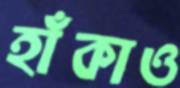
হাঁকাও